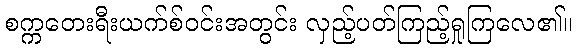
စက္ကတေးရီးယက်စ်ဝင်းအတွင်း လှည့်ပတ်ကြည့်ရှုကြလေ၏။